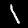
Digit: 1